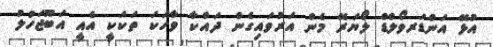
އުޅޭ އަންޑަރވޯލްޑް ލޯޔަރޭ މެން އަރުވައިގެން ދައްކާ ވާހަކަ ތަކަކީ އެއީ އަބޫޖަހުލު